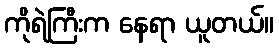
ကိုရဲကြီးက နေရာ ယူတယ်။